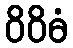
ဝိဝိဓံ